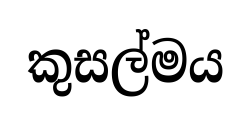
කුසල්මය